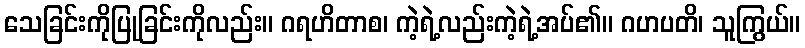
သေခြင်းကိုပြုခြင်းကိုလည်း။ ဂရဟိတာစ၊ ကဲ့ရဲ့လည်းကဲ့ရဲ့အပ်၏။ ဂဟပတိ၊ သူကြွယ်။